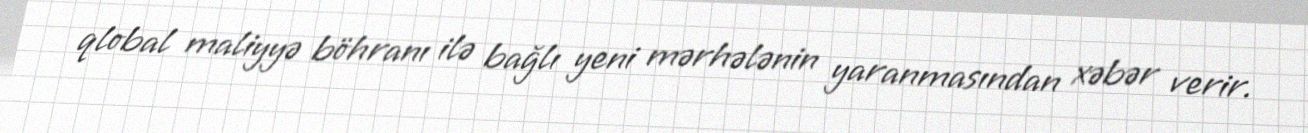
qlobal maliyyə böhranı ilə bağlı yeni mərhələnin yaranmasından xəbər verir.